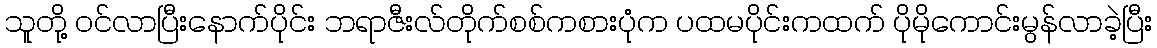
သူတို့ ဝင်လာပြီးနောက်ပိုင်း ဘရာဇီးလ်တိုက်စစ်ကစားပုံက ပထမပိုင်းကထက် ပိုမိုကောင်းမွန်လာခဲ့ပြီး